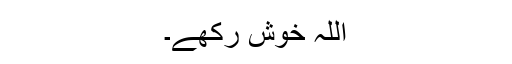
اللہ خوش رکھے۔